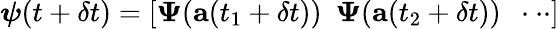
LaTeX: \boldsymbol{\psi}(t+\delta t)=\left[\boldsymbol{\Psi}(\mathbf{a}(t_{1}+\delta t))~~\boldsymbol{\Psi}(\mathbf{a}(t_{2}+\delta t))~~\cdot\cdot\cdot\right]